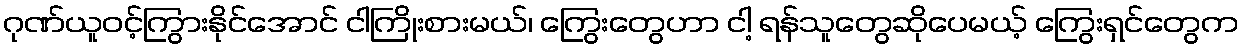
ဂုဏ်ယူဝင့်ကြွားနိုင်အောင် ငါကြိုးစားမယ်၊ ကြွေးတွေဟာ ငါ့ ရန်သူတွေဆိုပေမယ့် ကြွေးရှင်တွေက